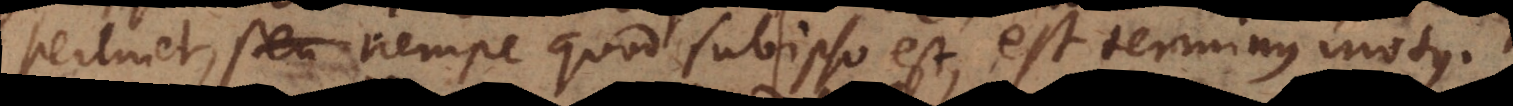
pertinet, nempe quod sub ipso est, est terminus motus.